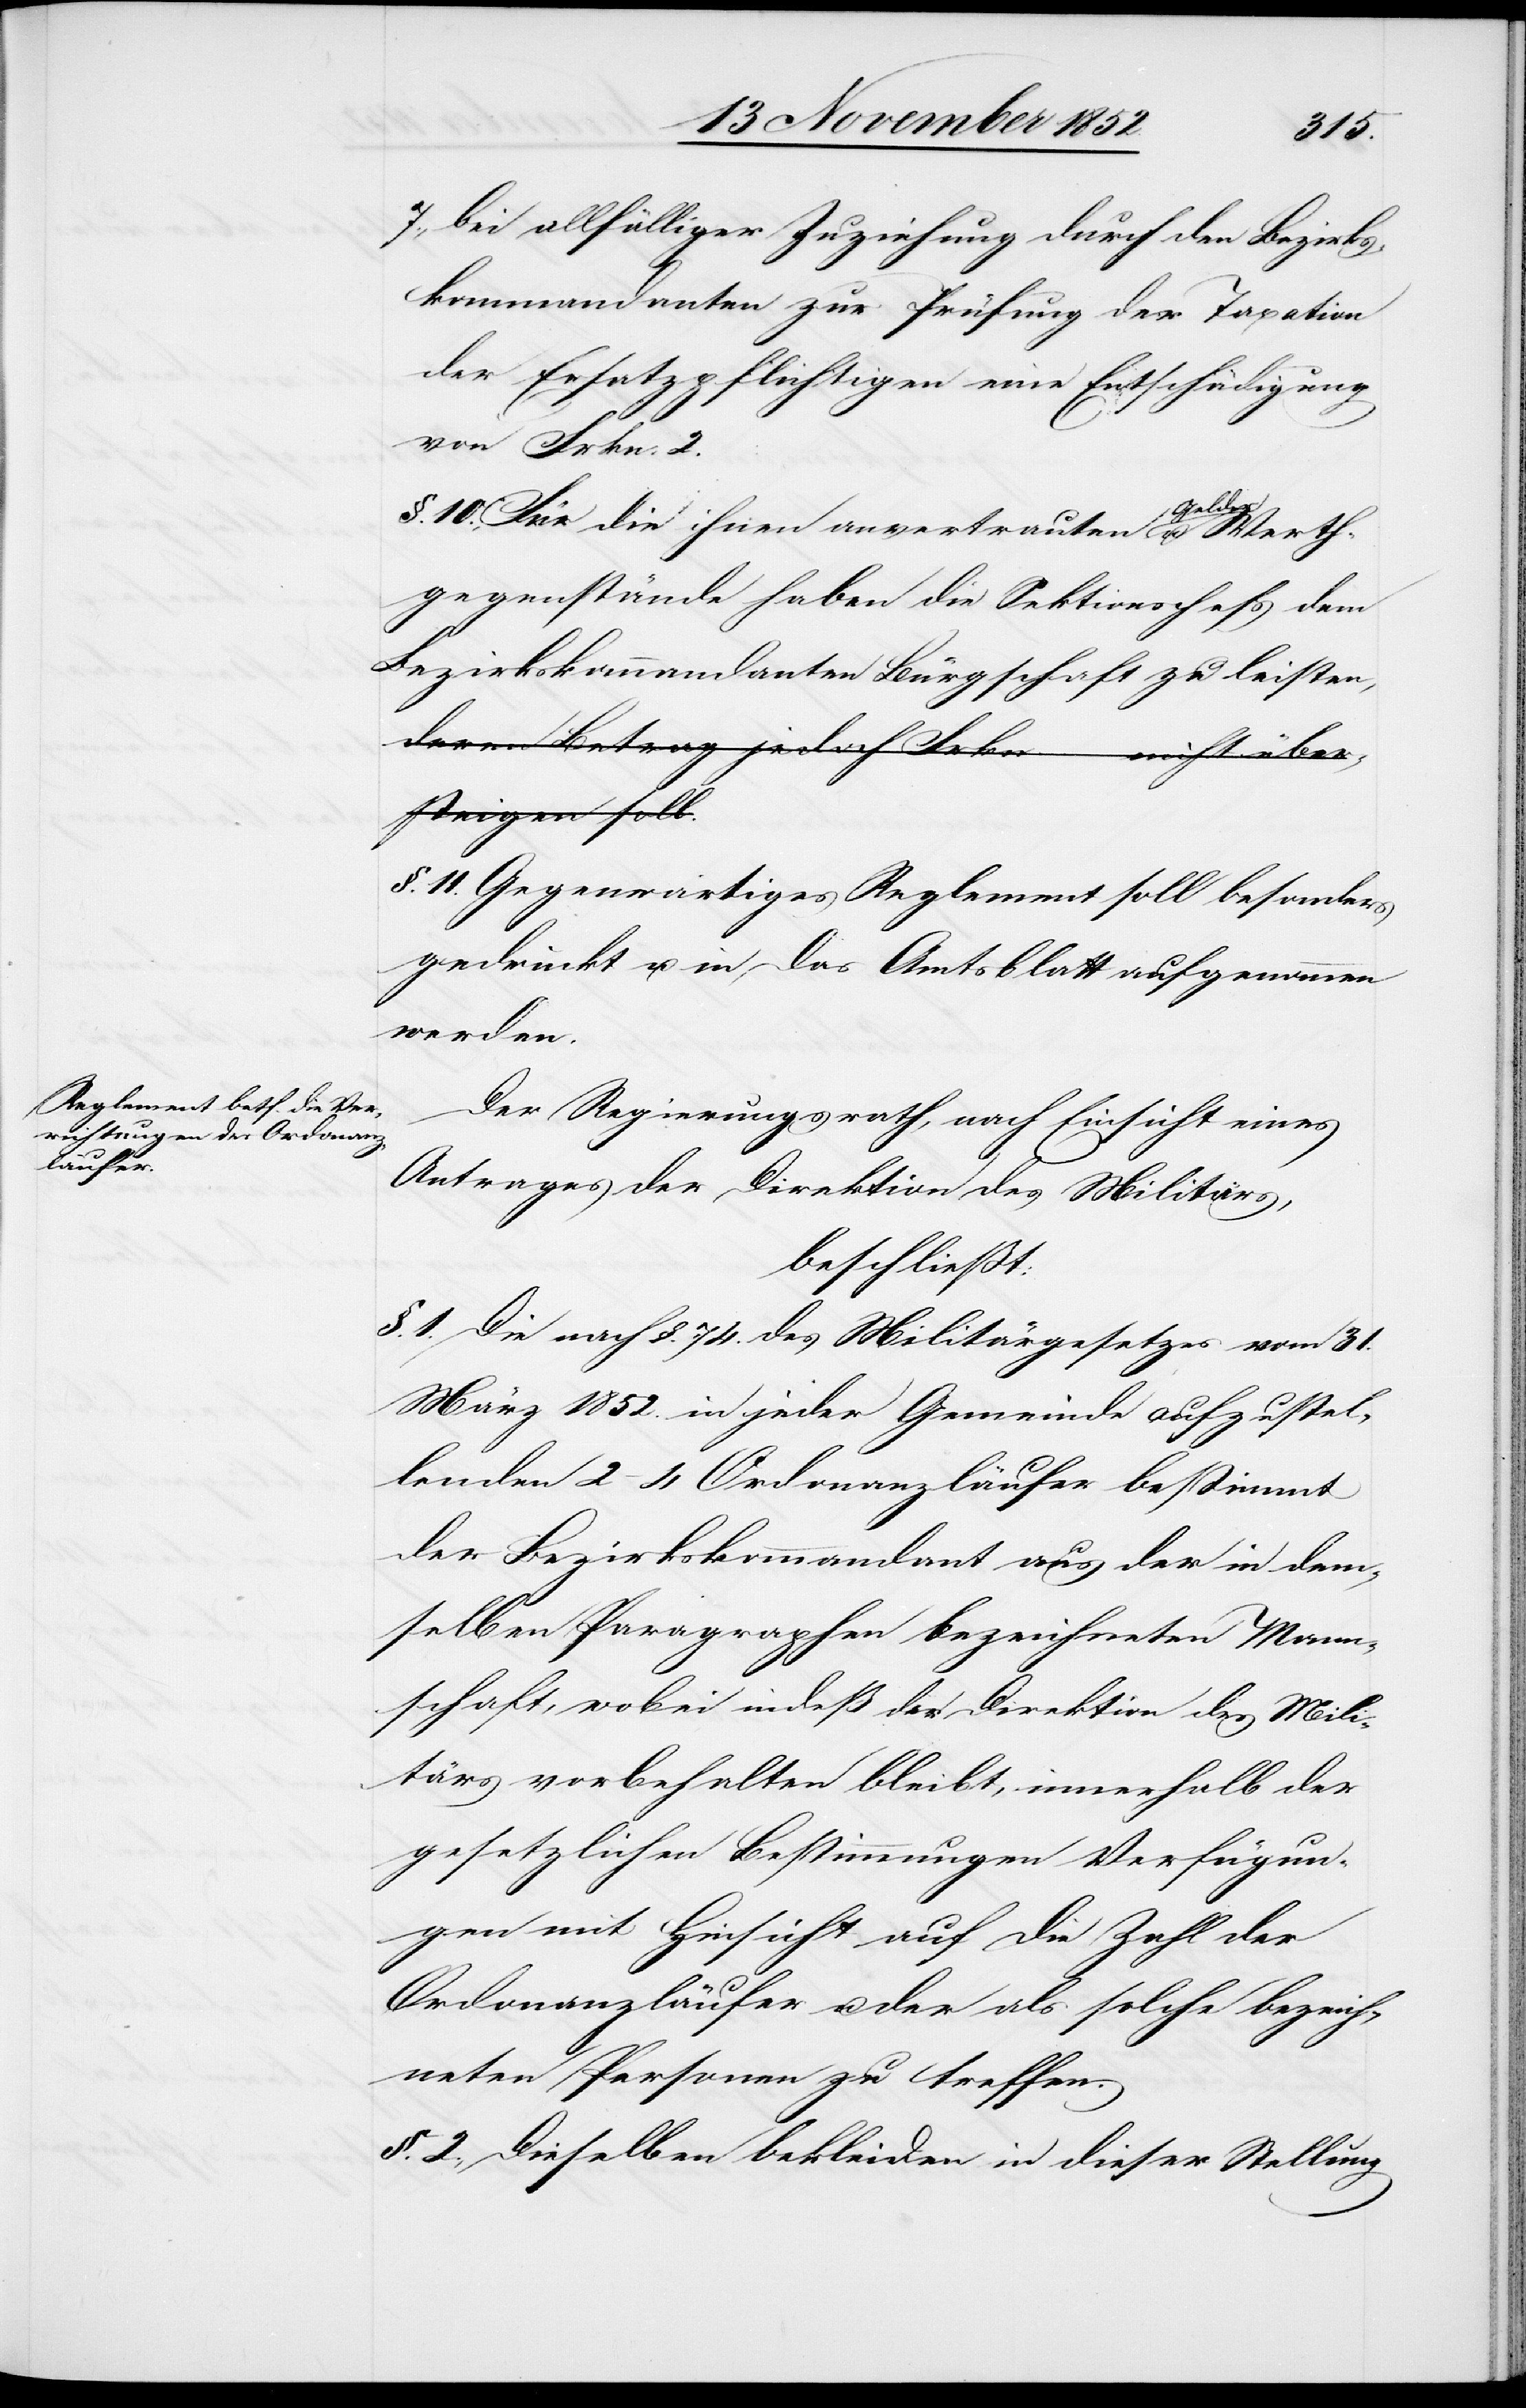
bei allfälliger Zuziehung durch den Bezirks¬
kommandanten zur Prüfung der Taxation
der Ersatzpflichtigen eine Entschädigung
von Frkn. 2.
§. 10., Für die ihnen anvertrauten Gelder u.
Werthgegenstände haben die Sektionschefs dem
Bezirkskommandanten Bürgschaft zu leisten,
a-deren Betrag jedoch Frkn. … nicht über¬
steigen soll.-a
§. 11. Gegenwärtiges Reglement soll besonders
gedruckt u. in das Amtsblatt aufgenommen
werden.
Der Regierungsrath, nach Einsicht eines
Antrages der Direktion des Militärs,
beschließt:
§. 1. Die nach §. 74. des Militärgesetzes vom 31.
März 1852. in jeder Gemeinde aufzustel¬
lenden 2–4 Ordonanzläufer bestimmt
der Bezirkskommandant aus der in dem¬
selben Paragraphen bezeichneten Mann¬
schaft, wobei indeß der Direktion des Mili¬
tärs vorbehalten bleibt, innerhalb der
gesetzlichen Bestimmungen Verfügun¬
gen mit Hinsicht auf die Zahl der
Ordonanzläufer u. der als solche bezeich¬
neten Personen zu treffen.
§. 2., Dieselben bekleiden in dieser Stellung